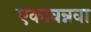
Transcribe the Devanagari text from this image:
एकावन्नवा